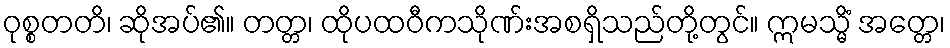
ဝုစ္စတတိ၊ ဆိုအပ်၏။ တတ္တ၊ ထိုပထဝီကသိုဏ်းအစရှိသည်တို့တွင်။ ဣမသ္မိံ အတ္တေ၊